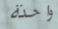
واحدة